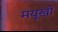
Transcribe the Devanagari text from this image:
मयूखों